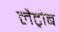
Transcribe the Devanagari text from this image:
लैट्रोब